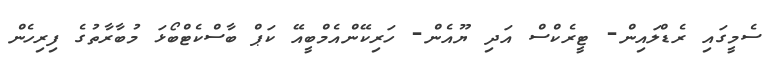
ސެމީގައި ރެޑްލައިން- ޓީރެކްސް އަދި ޔޫއެން- ހަރިކޭންއެމްބީއޭ ކަޕް ބާސްކެޓްބޯޅަ މުބާރާތުގެ ފިރިހެން